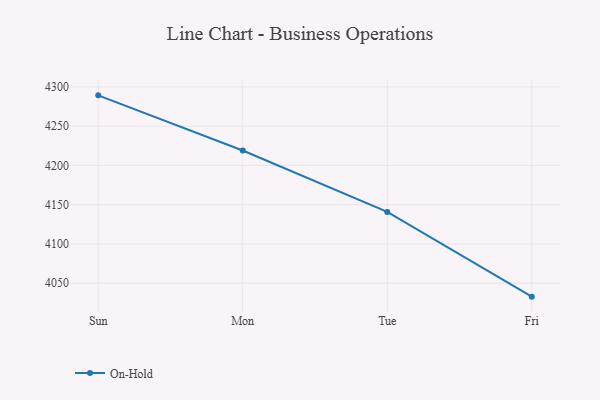
{"axis": {"x": "Day", "y": "Production Output"}, "legend": ["On-Hold"], "data": [{"x": "Sun", "y": 4289.3, "type": "On-Hold"}, {"x": "Mon", "y": 4219.0, "type": "On-Hold"}, {"x": "Tue", "y": 4140.8, "type": "On-Hold"}, {"x": "Fri", "y": 4032.8, "type": "On-Hold"}]}